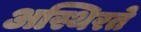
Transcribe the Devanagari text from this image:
अस्थिरते